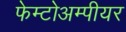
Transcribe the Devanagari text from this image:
फेम्टोअम्पीयर